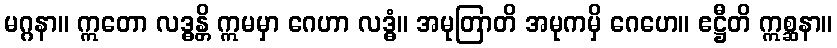
မဂ္ဂနာ။ ဣတော လဒ္ဓန္တိ ဣမမှာ ဂေဟာ လဒ္ဓံ။ အမုတြာတိ အမုကမှိ ဂေဟေ။ ဧဋ္ဌီတိ ဣစ္ဆနာ။